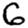
Digit: 6